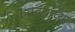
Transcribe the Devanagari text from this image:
कवडय़ांच्या